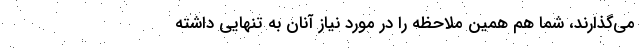
می‌گذارند، شما هم همین ملاحظه را در مورد نیاز آنان به تنهایی داشته